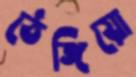
ঠেঙ্গিয়ো